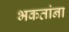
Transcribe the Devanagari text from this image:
भकतांना